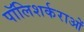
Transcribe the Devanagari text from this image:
पॉलिशर्कराओं